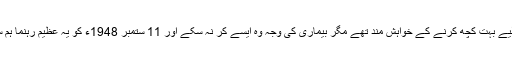
آپ پاکستان کے لیے بہت کچھ کرنے کے خواہش مند تھے مگر بیماری کی وجہ وہ ایسے کر نہ سکے اور 11 ستمبر 1948ء کو یہ عظیم رہنما ہم سے جدا ہو گئے ۔